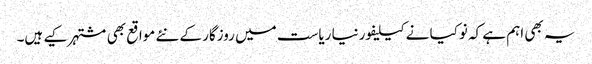
یہ بھی اہم ہے کہ نوکیا نے کیلیفورنیا ریاست میں روزگار کے نئے مواقع بھی مشتہر کیے ہیں۔